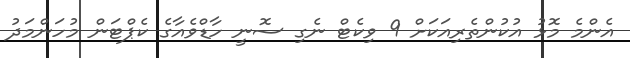
އެންމެ މޮޅު އުކުންތެރިއަކަށް 9 ވިކެޓް ނެގި ސޮނީ ހާޑްވެއާގެ ކެޕްޓަން މުހަންމަދު